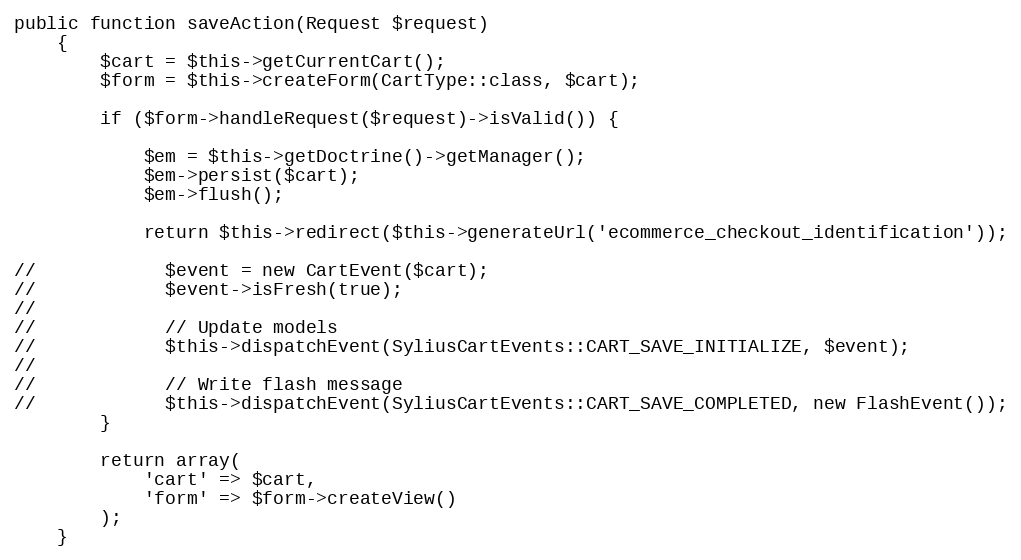
Language: PHP
public function saveAction(Request $request)
    {
        $cart = $this->getCurrentCart();
        $form = $this->createForm(CartType::class, $cart);

        if ($form->handleRequest($request)->isValid()) {

            $em = $this->getDoctrine()->getManager();
            $em->persist($cart);
            $em->flush();

            return $this->redirect($this->generateUrl('ecommerce_checkout_identification'));

//            $event = new CartEvent($cart);
//            $event->isFresh(true);
//
//            // Update models
//            $this->dispatchEvent(SyliusCartEvents::CART_SAVE_INITIALIZE, $event);
//
//            // Write flash message
//            $this->dispatchEvent(SyliusCartEvents::CART_SAVE_COMPLETED, new FlashEvent());
        }

        return array(
            'cart' => $cart,
            'form' => $form->createView()
        );
    }